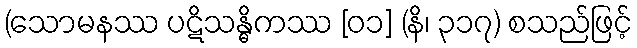
(သောမနဿ ပဋိသန္ဓိကဿ [၀၁] (နိ၊ ၃၁၇) စသည်ဖြင့်